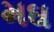
મઘ